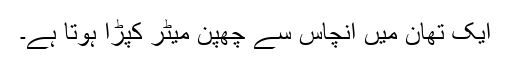
ایک تھان میں انچاس سے چھپن میٹر کپڑا ہوتا ہے۔